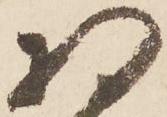
将